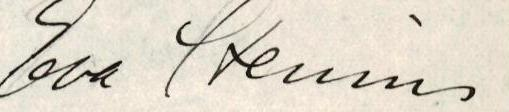
Eva Stenius